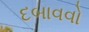
દબાવવો